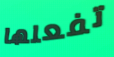
تفعلها